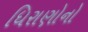
ધિરાણોનો